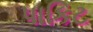
પાકિટ